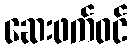
ဆေးဖက်ဝင်